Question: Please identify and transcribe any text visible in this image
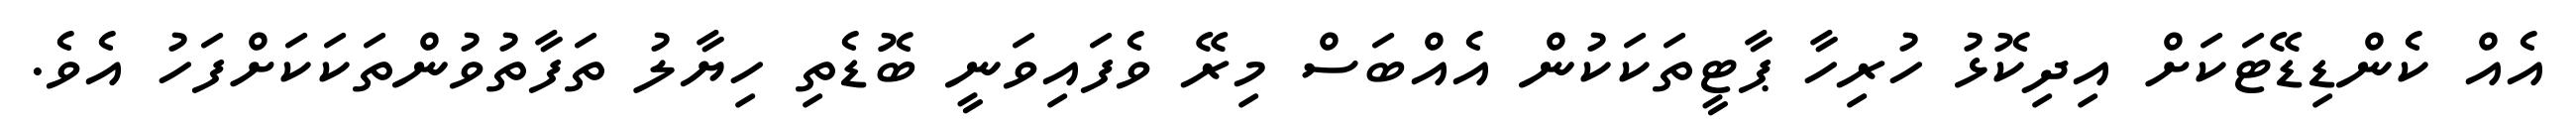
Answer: އެއް ކެންޑިޑޭޓަކަށް އިދިކޮޅު ހުރިހާ ޕާޓީތަކަކުން އެއްބަސް މިރޭ ވެފައިވަނީ ބޮޑެތި ހިޔާލު ތަފާތުވުންތަކަކަށްފަހު އެވެ.